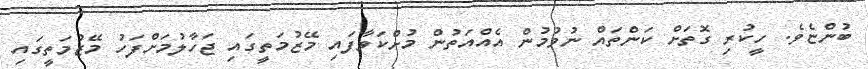
ބުންޏެވެ. ހީކުރި ގޮތަށް ކަންތައް ނުވުމުން އެއްއަތުން މުށްކަވާފައި މޭޒުމަތީގައި ޖަހާލުމަށްފަހު މޭޒުމަތީގައި